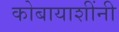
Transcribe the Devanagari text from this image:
कोबायाशींनी